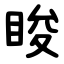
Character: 睃